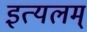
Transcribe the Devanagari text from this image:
इत्यलम्